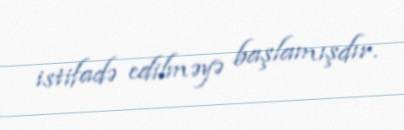
istifadə edilməyə başlamışdır.